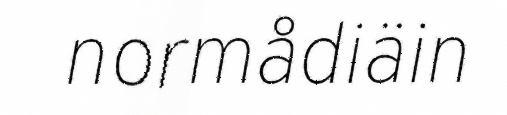
normådiäin